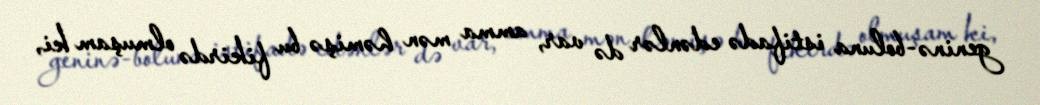
geninə-boluna istifadə edənlər də var, amma mən həmişə bu fikirdə olmuşam ki,